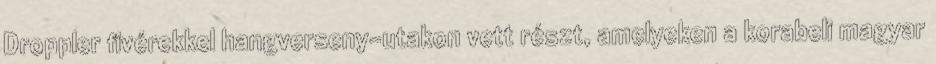
Droppler fivérekkel hangverseny-utakon vett részt, amelyeken a korabeli magyar